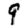
Digit: 9